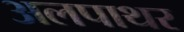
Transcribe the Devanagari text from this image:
अलपाथर